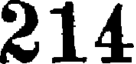
214